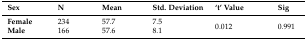
<table><thead><tr><td><b>Sex</b></td><td><b>N</b></td><td><b>Mean</b></td><td><b>Std. Deviation</b></td><td><b>‘t’ Value</b></td><td><b>Sig</b></td></tr></thead><tbody><tr><td><b>Female</b></td><td>234</td><td>57.7</td><td>7.5</td><td rowspan="2">0.012</td><td rowspan="2">0.991</td></tr><tr><td><b>Male</b></td><td>166</td><td>57.6</td><td>8.1</td></tr></tbody></table>